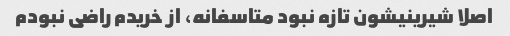
اصلا شیرینیشون تازه نبود متاسفانه، از خریدم راضی نبودم